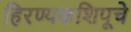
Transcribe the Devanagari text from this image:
हिरण्यकशिपूचे